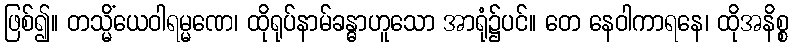
ဖြစ်၍။ တသ္မိံယေဝါရမ္မဏေ၊ ထိုရုပ်နာမ်ခန္ဓာဟူသော အာရုံ၌ပင်။ တေ နေဝါကာရနေ၊ ထိုအနိစ္စ